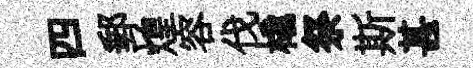
四郵煌容伐橇祭斯甚